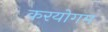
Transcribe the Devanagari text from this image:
करयोगम